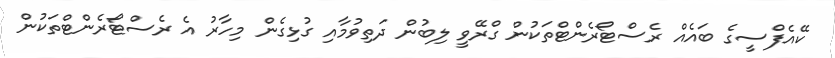
ކޭއެފްސީގެ ބައެއް ރެސްޓޯރެންޓްތަކުން ގްރޭވީ ލިބުން ދަތިވުމާއި ގުޅިގެން މިހާރު އެ ރެސްޓޯރެންޓްތަކުން